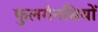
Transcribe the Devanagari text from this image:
फुलगेनसियों